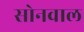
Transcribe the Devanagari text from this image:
सोनवाल